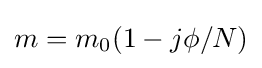
m=m_{0}(1-j\phi /N)